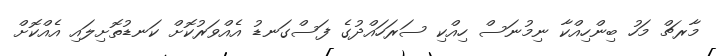
މާރޗް މަހު ބިންހިއްކާ ނިމުނަސް ހިއްކި ސަރަހައްދުގެ ފަސްގަނޑު އެއްވަރުކޮށް ކަނޑުތޮށިލައި އެއްކޮށް